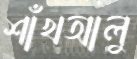
শাঁখআলু